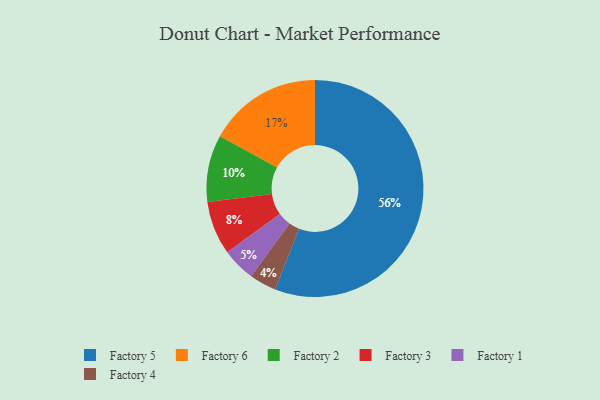
{"axis": {"x": "Category", "y": "Percentage"}, "legend": ["Factory 1", "Factory 2", "Factory 3", "Factory 4", "Factory 5", "Factory 6"], "data": [{"x": "Factory 2", "y": 10, "type": "Factory 2"}, {"x": "Factory 3", "y": 8, "type": "Factory 3"}, {"x": "Factory 1", "y": 5, "type": "Factory 1"}, {"x": "Factory 5", "y": 56, "type": "Factory 5"}, {"x": "Factory 6", "y": 17, "type": "Factory 6"}, {"x": "Factory 4", "y": 4, "type": "Factory 4"}]}